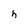
Character: h